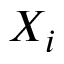
X _ { i }